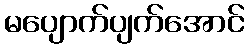
မပျောက်ပျက်အောင်